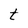
Character: t